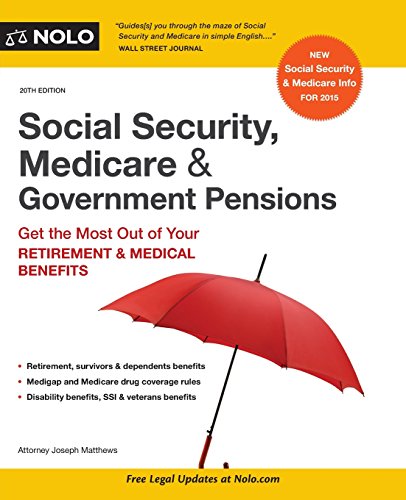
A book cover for Social Security, Medicare & Government Pensions: Get the Most Out of Your Retirement & Medical Benefits; Joseph Matthews Attorney; Medical Books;